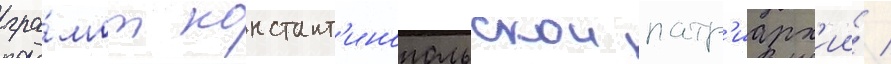
гра́мот констант'инопольскои патр'иарх'ии /